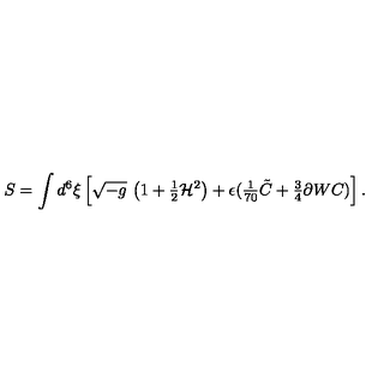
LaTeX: S = \int d ^ { 6 } \xi \left[ \sqrt { - g } \ \bigl ( 1 + { \textstyle \frac { 1 } { 2 } } { \cal H } ^ { 2 } \bigr ) + \epsilon ( { \textstyle \frac { 1 } { 7 0 } } \tilde { C } + { \textstyle \frac { 3 } { 4 } } \partial W C ) \right] .